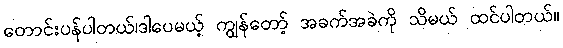
တောင်းပန်ပါတယ်၊ဒါပေမယ့် ကျွန်တော့် အခက်အခဲကို သိမယ် ထင်ပါတယ်။